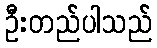
ဦးတည်ပါသည်